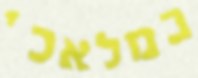
במלאכי